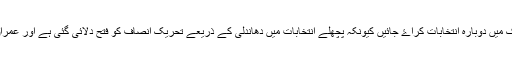
مظاہرین کا مطالبہ ہے کہ وزیر اعظم استعفٰی دیں اور ملک میں دوبارہ انتخابات کراۓ جائیں کیونکہ پچھلے انتخابات میں دھاندلی کے ذریعے تحریک انصاف کو فتح دلائی گئی ہے اور عمران خان کو منصوبہ بندی کے تحت وزیراعظم بنایا گیا ہے۔